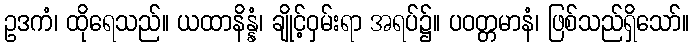
ဥဒကံ၊ ထိုရေသည်။ ယထာနိန္နံ၊ ချိုင့်ဝှမ်းရာ အရပ်၌။ ပဝတ္တမာနံ၊ ဖြစ်သည်ရှိသော်။